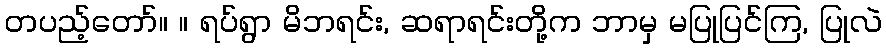
တပည့်တော်။ ။ ရပ်ရွာ မိဘရင်း, ဆရာရင်းတို့က ဘာမှ မပြုပြင်ကြ, ပြုလဲ